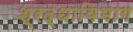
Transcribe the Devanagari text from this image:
श्रद्धाविभाग